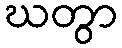
ဃတွာ